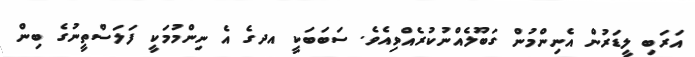
އަރަބި ލީޑަރުން އެނިންމުން ގަބޫލެއްނުކުރެއްވިއެވެ. ސަބަބަކީ އދގެ އެ ނިންމުމަކީ ފަލަސްތީނުގެ ބިން